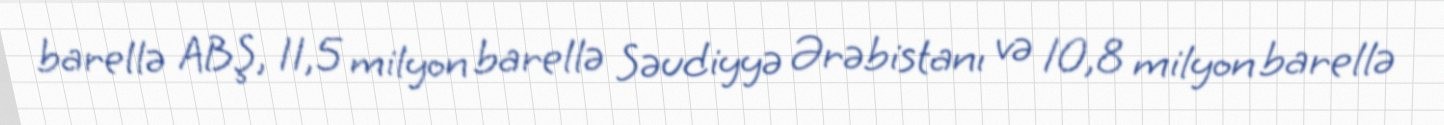
barellə ABŞ, 11,5 milyon barellə Səudiyyə Ərəbistanı və 10,8 milyon barellə